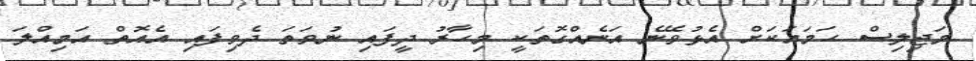
މަޖިލިސް ހަމައަކަށް އެޅުވޭނެ އަނެއްގޮތަކީ މިހާރު ދީފައި ނުވަތަ ދެވިފައި އެއޮތް އަމިއްލަ